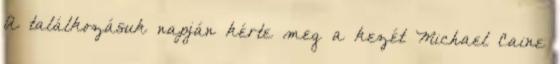
A találkozásuk napján kérte meg a kezét Michael Caine